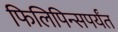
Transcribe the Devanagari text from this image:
फिलिपिन्सपर्यंत